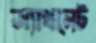
অ্যাথলেট